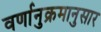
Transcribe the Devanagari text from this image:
वर्णानुक्रमानुसार